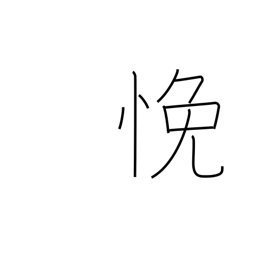
Meaning: be perplexed